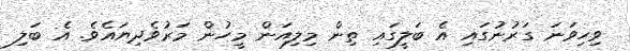
ވިހިވަނަ ގަރުނުގައި އެ ބަލީގައި ތިން މިލިއަން މީހުން މަރުވެދިޔައެވެ. އެ ބަލި